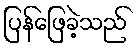
ပြန်ဖြေခဲ့သည်